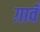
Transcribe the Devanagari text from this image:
ग़ावँ